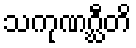
သကုဏဂ္ဃီတိ